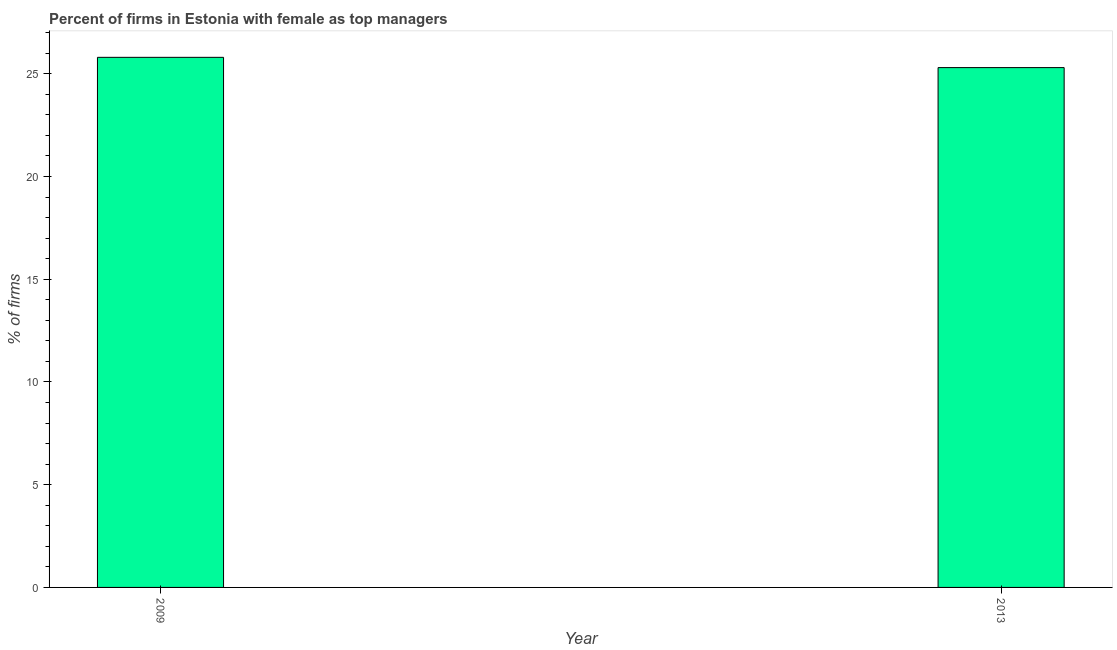
| Year | Firms with female top manager |
 | --- | --- |
 | 2009 | 25.8 |
 | 2013 | 25.3 |